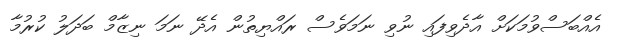
އެއްބަސްވުމަކަށް އާދެވިފައި ނުވި ނަމަވެސް ރައްޔިތުން އެދޭ ނަމަ ނިޒާމް ބަދަލު ކުރުމާ